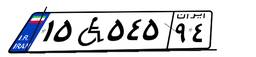
۱۵W۵۴۵۹۴